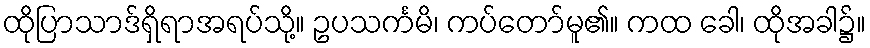
ထိုပြာသာဒ်ရှိရာအရပ်သို့။ ဥပသင်္ကမိ၊ ကပ်တော်မူ၏။ ကထ ခေါ၊ ထိုအခါ၌။